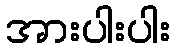
အားပါးပါး